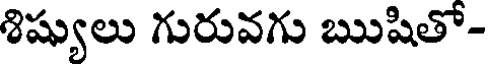
శిష్యులు గురువగు ఋషితో-